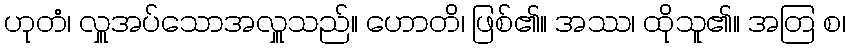
ဟုတံ၊ လှူအပ်သောအလှူသည်။ ဟောတိ၊ ဖြစ်၏။ အဿ၊ ထိုသူ၏။ အတြ စ၊